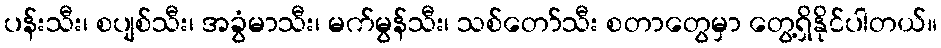
ပန်းသီး၊ စပျစ်သီး၊ အခွံမာသီး၊ မက်မွန်သီး၊ သစ်တော်သီး စတာတွေမှာ တွေ့ရှိနိုင်ပါတယ်။